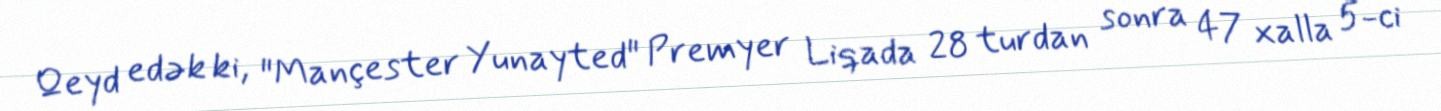
Qeyd edək ki, "Mançester Yunayted" Premyer Liqada 28 turdan sonra 47 xalla 5-ci